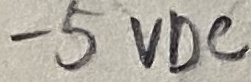
Text: -5VDC